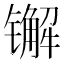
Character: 𨱕